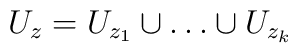
U_{z}=U_{z_{1}}\cup \ldots \cup U_{z_{k}}